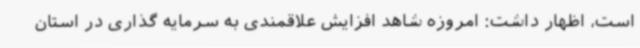
است، اظهار داشت: امروزه شاهد افزایش علاقمندی به سرمایه گذاری در استان